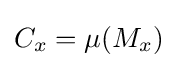
C_{x}=\mu (M_{x})